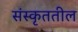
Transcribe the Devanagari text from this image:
संस्कृततील